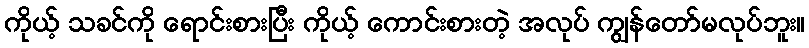
ကိုယ့် သခင်ကို ရောင်းစားပြီး ကိုယ့် ကောင်းစားတဲ့ အလုပ် ကျွန်တော်မလုပ်ဘူး။